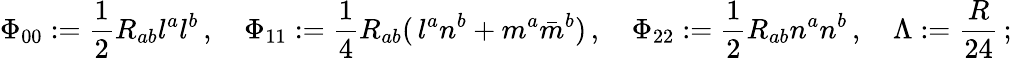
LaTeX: \Phi_{00}:={\frac{1}{2}}R_{ab}l^{a}l^{b}\, ,\quad\Phi_{11}:={\frac{1}{4}}R_{ab}(\, l^{a}n^{b}+m^{a}{\bar{m}}^{b})\, ,\quad\Phi_{22}:={\frac{1}{2}}R_{ab}n^{a}n^{b}\, ,\quad\Lambda:={\frac{R}{24}}\, ;